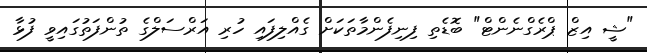
"ޝީ އިޒް ޕްރެގްނެންޓް" ބޮޑެތި ފިނިފެންމާތަކަށް ގެއްލިފައި ހުރި އަރްސަލްގެ ތުންފަތުގައިވީ ފުޅާ